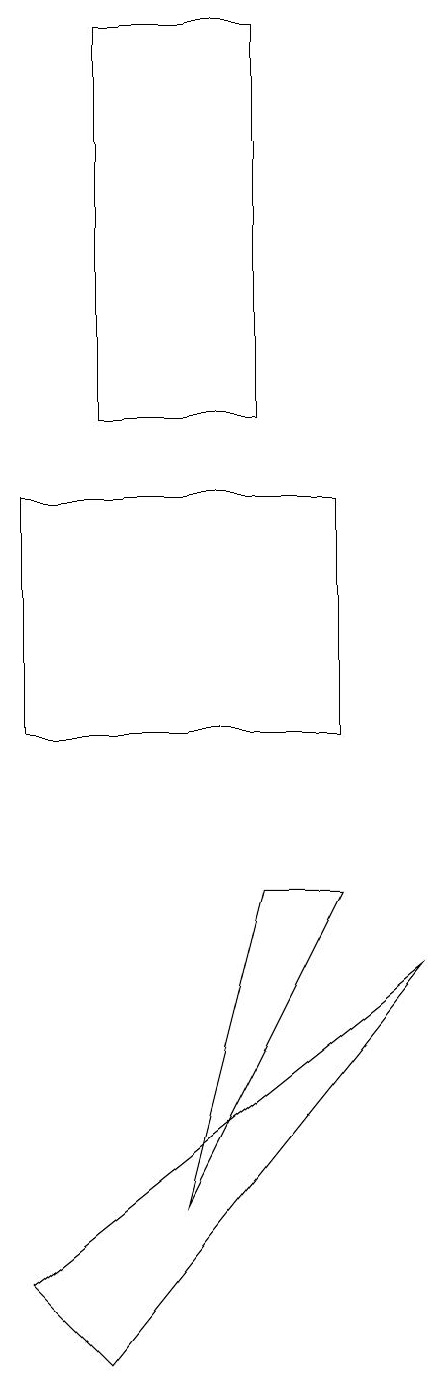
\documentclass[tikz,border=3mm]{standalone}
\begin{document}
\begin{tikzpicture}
\draw (4,8) -- (5,8) -- (3,4) -- cycle;
\draw (5,13) rectangle (1,10);
\draw (1,3) -- (2,2) -- (6,7) -- cycle;
\draw (4,19) rectangle (2,14);
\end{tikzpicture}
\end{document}